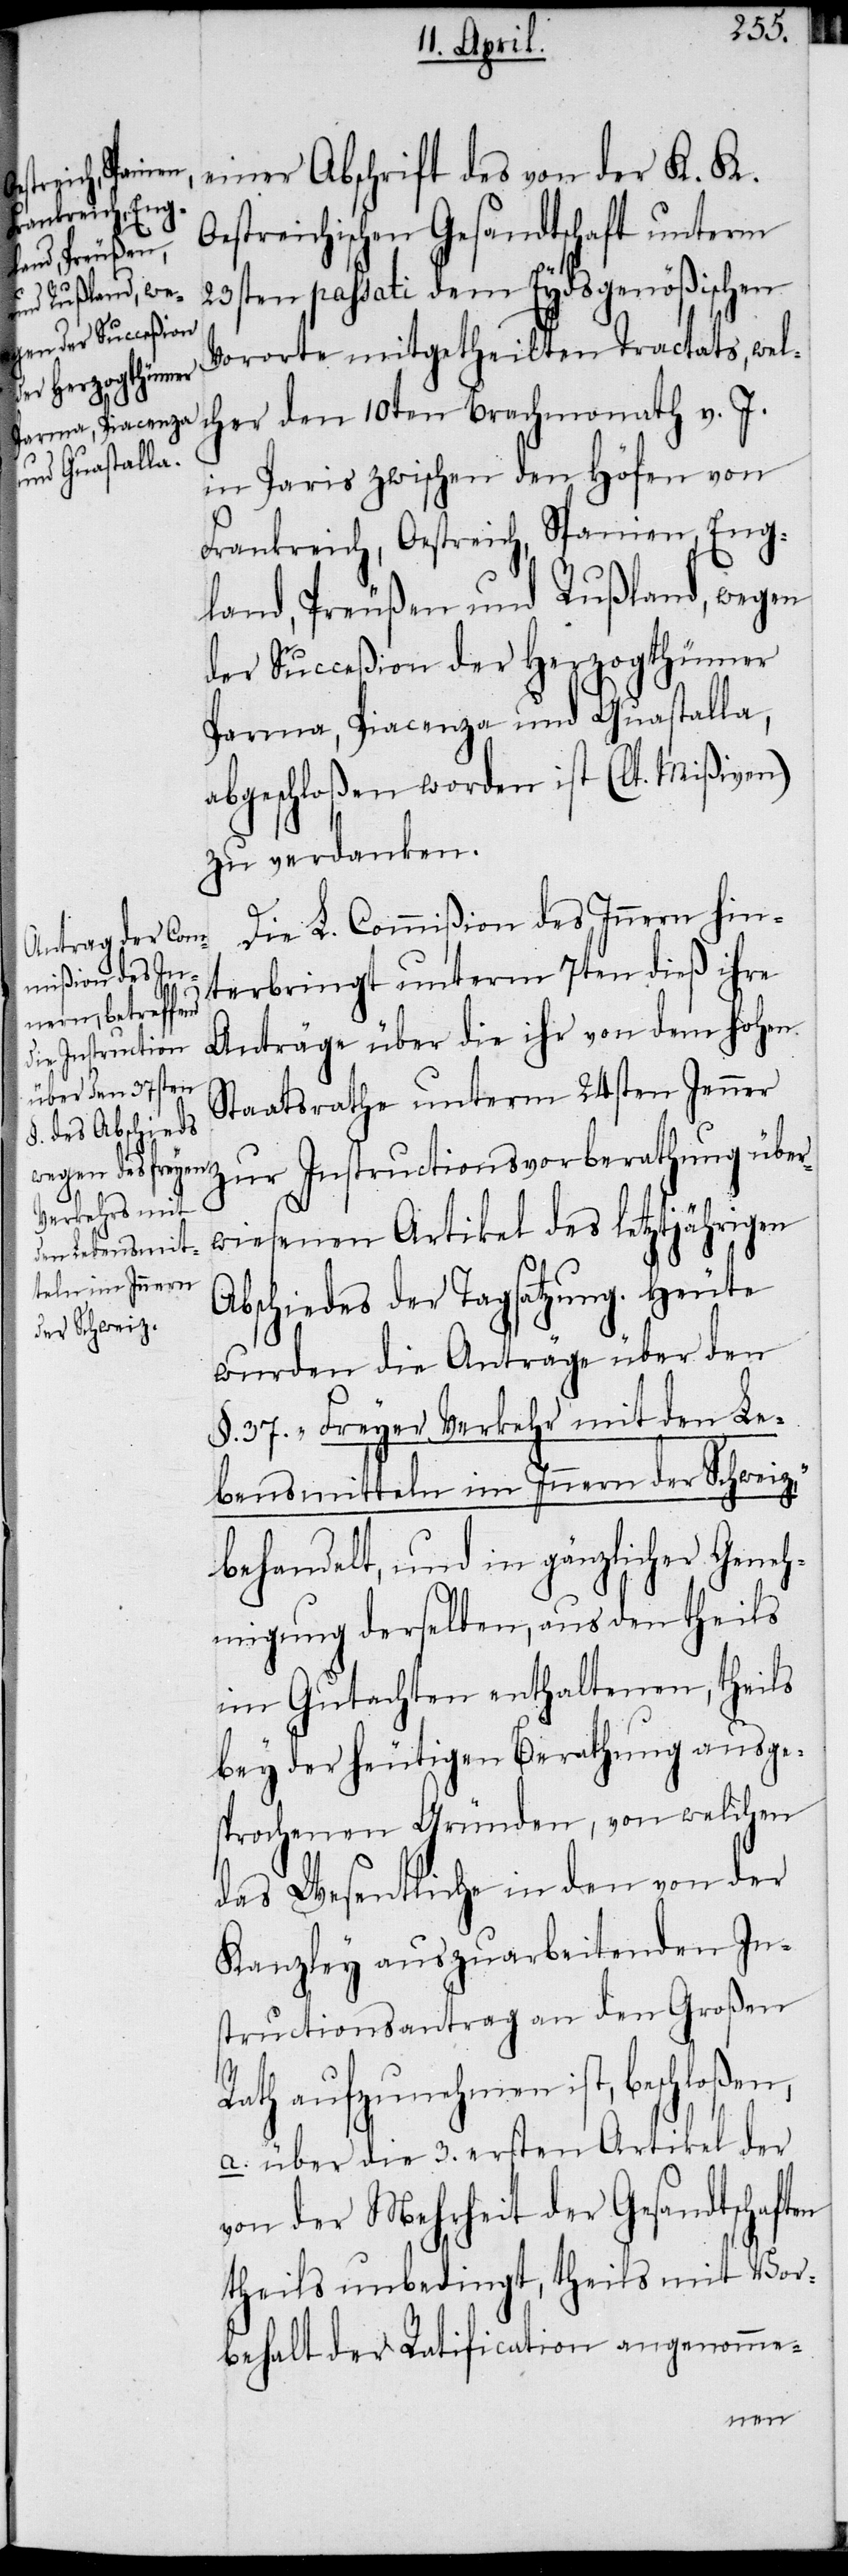
einer Abschrift des von der K. K.
Oestreichischen Gesandtschaft unterm
23sten passati dem Eydsgenößischen
Vororte mitgetheilten Tractats, wel¬
cher den 10ten Brachmonath v. J.
in Paris zwischen den Höfen von
Frankreich, Oestreich, Spanien, Eng¬
land, Preußen und Rußland, wegen
der Succeßion der Herzogthümer
Parma, Piacenza und Guastalla,
abgeschloßen worden ist (lt. Mißiven)
zu verdanken.
Die L. Commißion des Innern hin¬
terbringt unterm 7ten dieß ihre
Anträge über die ihr von dem hohen
Staatsrathe unterm 24sten Jenner
zur Instructionsvorberathung über¬
wiesenen Artikel des letztjährigen
Abschiedes der Tagsatzung. Heute
wurden die Anträge über den
§. 37. „Freyer Verkehr mit den Le¬
bensmitteln im Innern der Schweiz,“
behandelt, und in gänzlicher Geneh¬
migung derselben, aus den theils
im Gutachten enthaltenen, theils
bey der heutigen Berathung ausge¬
sprochenen Gründen, von welchen
das Wesentliche in den von der
Kanzley auszuarbeitenden In¬
structionsantrag an den Großen
Rath aufzunehmen ist, beschloßen,
a. über die 3. ersten Artikel der
von der Mehrheit der Gesandtschaften
theils unbedingt, theils mit Vor¬
behalt der Ratificaton angenomme-